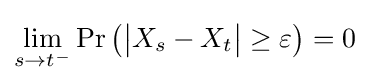
\lim _{s\to t^{-}}\Pr \left({\big |}X_{s}-X_{t}{\big |}\geq \varepsilon \right)=0